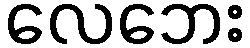
လေဘေး